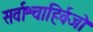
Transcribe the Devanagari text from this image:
सर्वाश्चाहिर्वजो